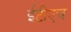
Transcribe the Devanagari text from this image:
ईटीएच